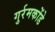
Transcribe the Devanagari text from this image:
गुर्रमकोंडे